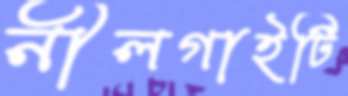
নীলগাইটি